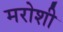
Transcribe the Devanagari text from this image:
मरोशी